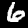
Label: 6